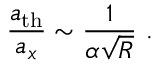
\frac { a _ { \mathrm { t h } } } { a _ { x } } \sim \frac { 1 } { \alpha \sqrt { R } } \ .